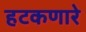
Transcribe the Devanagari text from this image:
हटकणारे